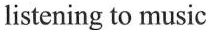
listening to music